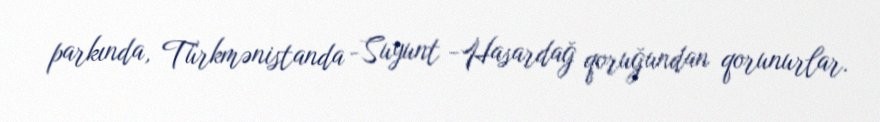
parkında, Türkmənistanda -Suyunt -Hasardağ qoruğundan qorunurlar.